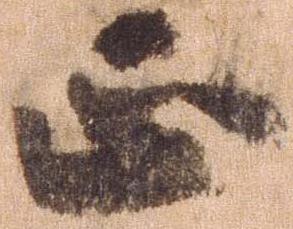
正